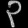
Digit: ၃